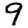
Digit: 9